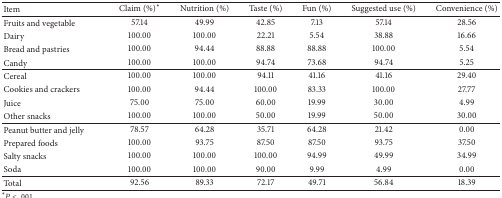
| Item | Claim (%)* | Nutrition (%) | Taste (%) | Fun (%) | Suggested use (%) | Convenience (%) |
 | --- | --- | --- | --- | --- | --- | --- |
 | Fruits and vegetable | 57.14 | 49.99 | 42.85 | 7.13 | 57.14 | 28.56 |
 | Dairy | 100.00 | 100.00 | 22.21 | 5.54 | 38.88 | 16.66 |
 | Bread and pastries | 100.00 | 94.44 | 88.88 | 88.88 | 100.00 | 5.54 |
 | Candy | 100.00 | 100.00 | 94.74 | 73.68 | 94.74 | 5.25 |
 | Cereal | 100.00 | 100.00 | 94.11 | 41.16 | 41.16 | 29.40 |
 | Cookies and crackers | 100.00 | 94.44 | 100.00 | 83.33 | 100.00 | 27.77 |
 | Juice | 75.00 | 75.00 | 60.00 | 19.99 | 30.00 | 4.99 |
 | Other snacks | 100.00 | 100.00 | 50.00 | 19.99 | 50.00 | 30.00 |
 | Peanut butter and jelly | 78.57 | 64.28 | 35.71 | 64.28 | 21.42 | 0.00 |
 | Prepared foods | 100.00 | 93.75 | 87.50 | 87.50 | 93.75 | 37.50 |
 | Salty snacks | 100.00 | 100.00 | 100.00 | 94.99 | 49.99 | 34.99 |
 | Soda | 100.00 | 100.00 | 90.00 | 9.99 | 4.99 | 0.00 |
 | Total | 92.56 | 89.33 | 72.17 | 49.71 | 56.84 | 18.39 |